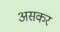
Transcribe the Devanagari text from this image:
असकर